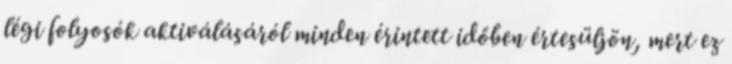
légi folyosók aktiválásáról minden érintett időben értesüljön, mert ez